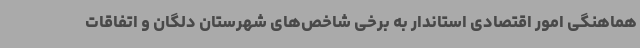
هماهنگی امور اقتصادی استاندار به برخی شاخص‌های شهرستان دلگان و اتفاقات